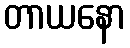
တာယနော